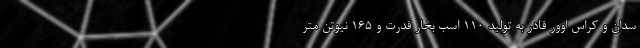
سدان و کراس اوور قادر به تولید 110 اسب بخار قدرت و 165 نیوتن متر